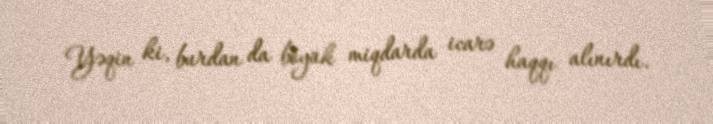
Yəqin ki, burdan da böyük miqdarda icarə haqqı alınırdı.